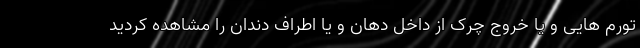
تورم هایی و یا خروج چرک از داخل دهان و یا اطراف دندان را مشاهده کردید